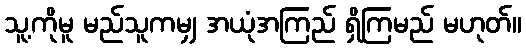
သူ့ကိုမူ မည်သူကမျှ အယုံအကြည် ရှိကြမည် မဟုတ်။